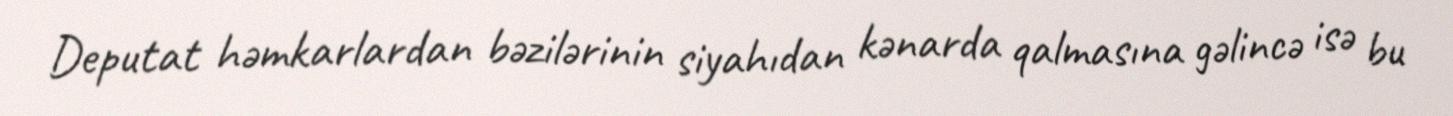
Deputat həmkarlardan bəzilərinin siyahıdan kənarda qalmasına gəlincə isə bu